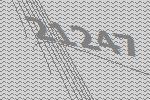
21247